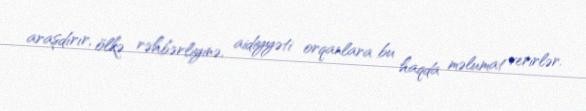
araşdırır, ölkə rəhbərliyinə, aidiyyəti orqanlara bu haqda məlumat verirlər.